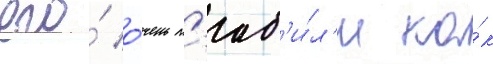
его́ о́чень л'юб'и́л'и ка́к